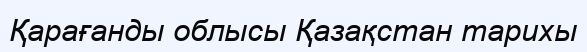
Қарағанды облысы Қазақстан тарихы